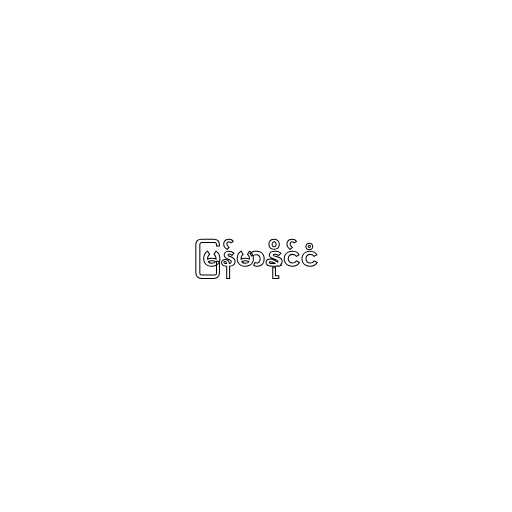
မြန်မာနိုင်ငံ